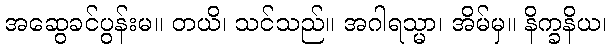
အဆွေခင်ပွန်းမ။ တယိ၊ သင်သည်။ အဂါရသ္မာ၊ အိမ်မှ။ နိက္ခနိယ၊